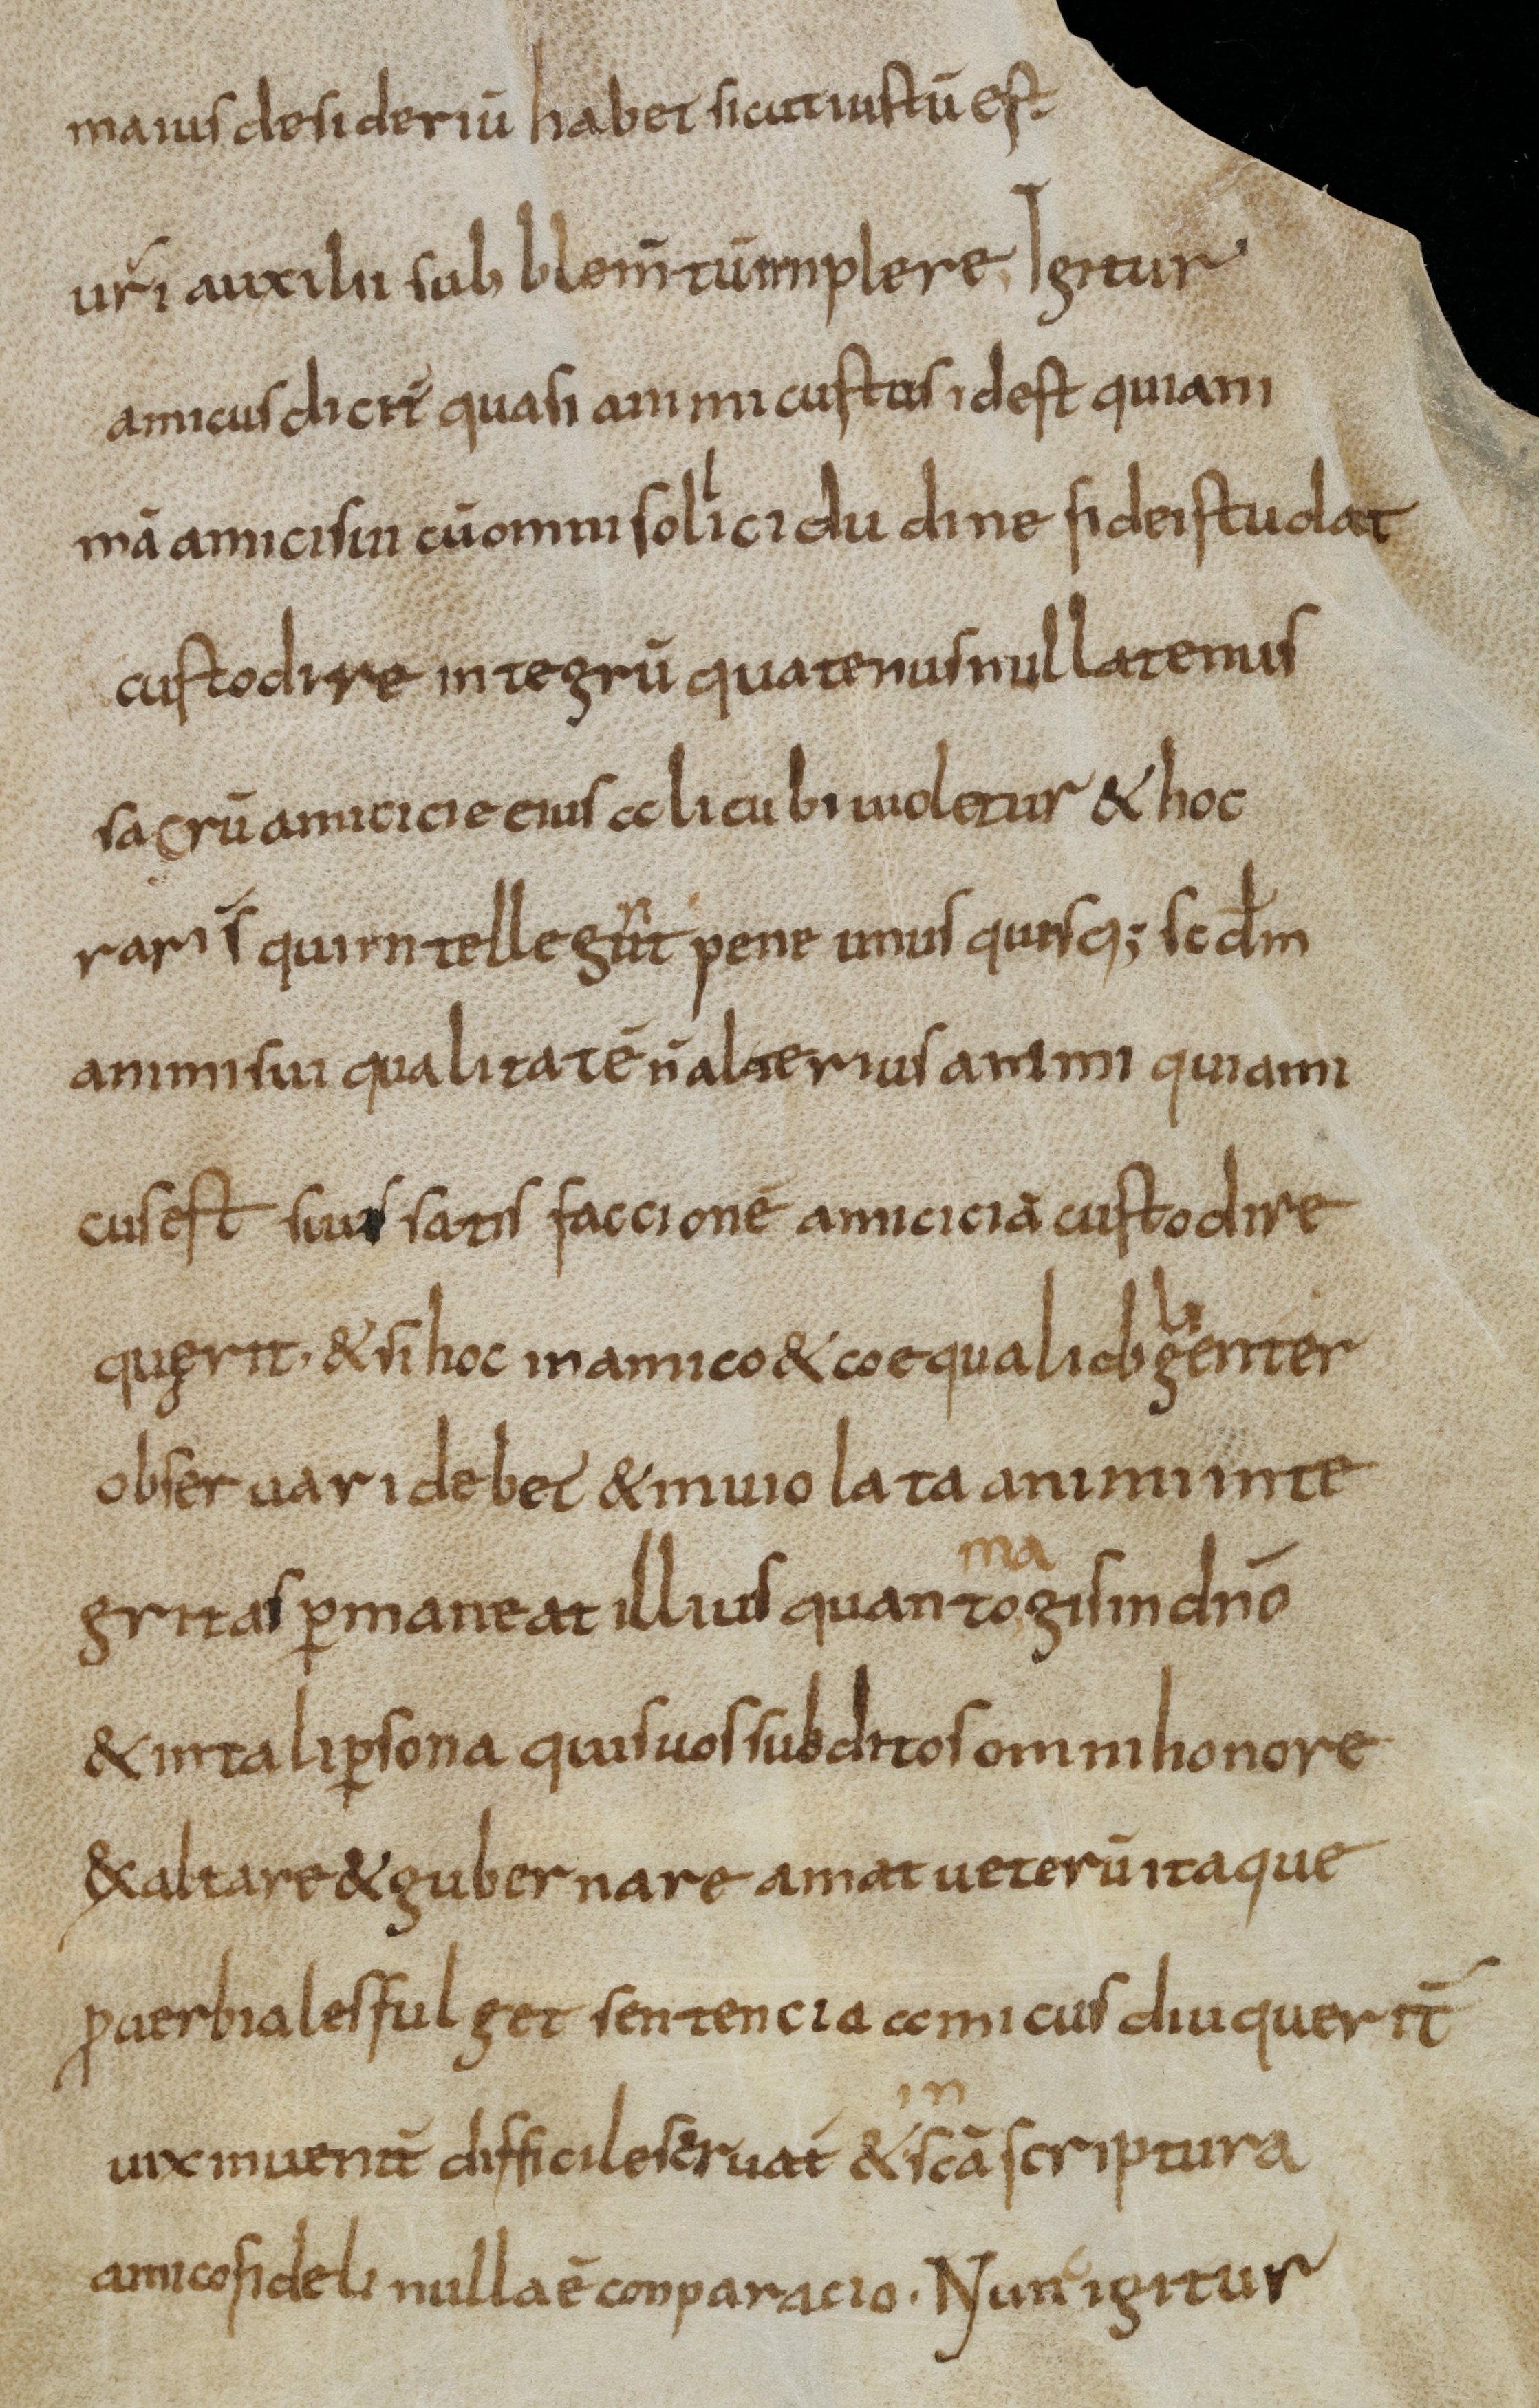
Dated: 800–830